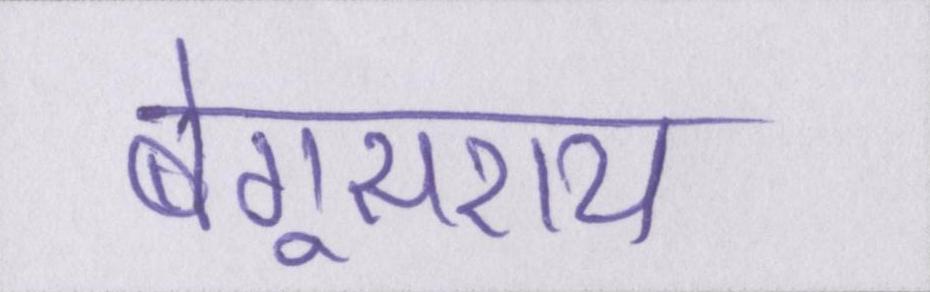
बेगूसराय